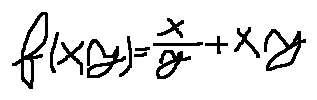
f ( x , y ) = \frac { x } { y } + x y